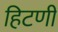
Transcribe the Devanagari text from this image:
हिटणी